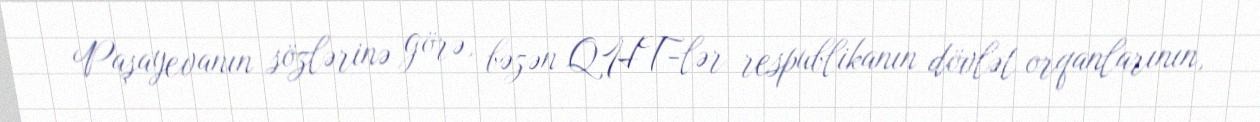
Paşayevanın sözlərinə görə, bəzən QHT-lər respublikanın dövlət orqanlarının,